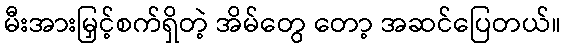
မီးအားမြှင့်စက်ရှိတဲ့ အိမ်တွေ တော့ အဆင်ပြေတယ်။